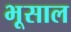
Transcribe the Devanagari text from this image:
भूसाल